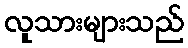
လူသားများသည်